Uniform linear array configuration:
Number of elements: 24
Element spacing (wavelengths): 0.25
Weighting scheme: exponential
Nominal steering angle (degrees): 30
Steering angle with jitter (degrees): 29.269
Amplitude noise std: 0.05
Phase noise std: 0.05

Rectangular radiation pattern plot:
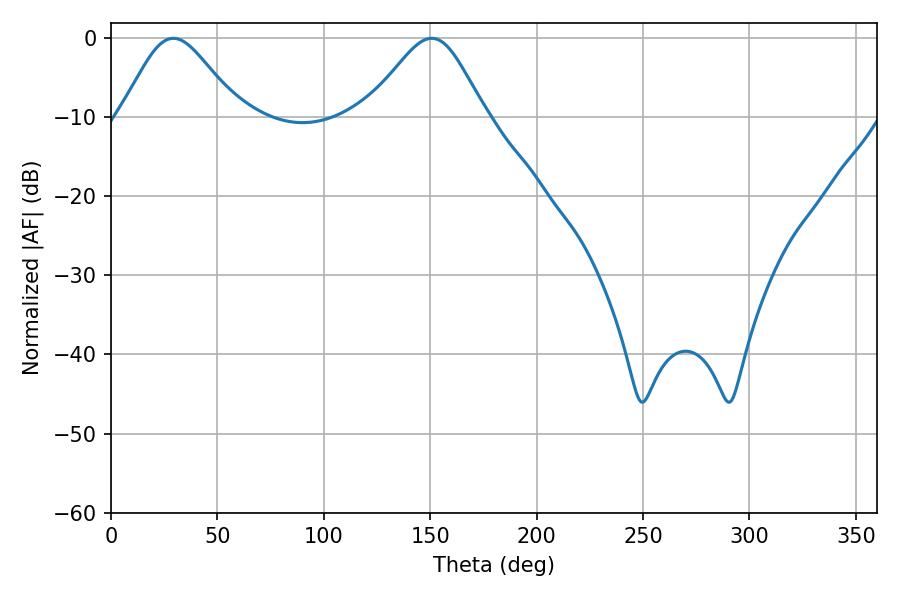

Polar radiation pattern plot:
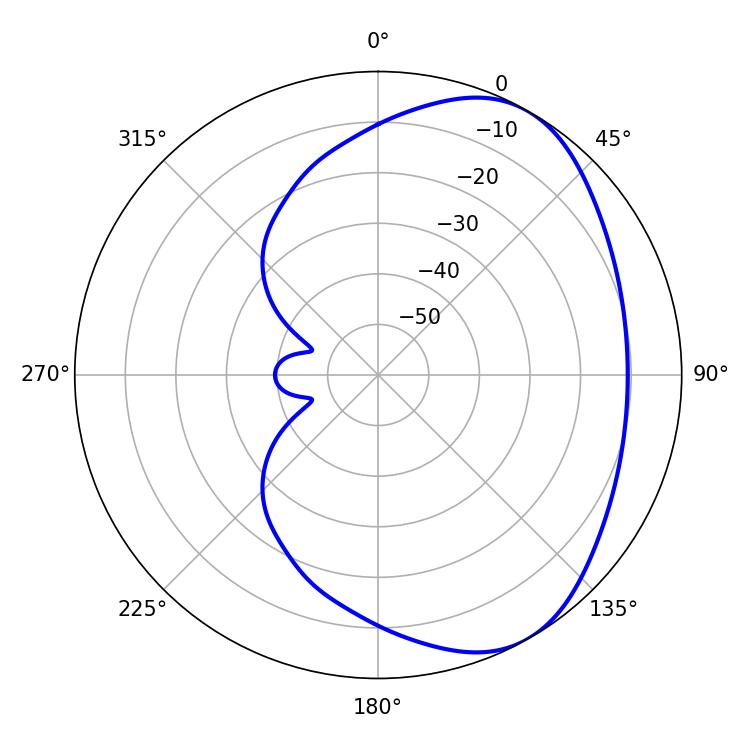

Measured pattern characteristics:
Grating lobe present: FALSE
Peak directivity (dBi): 4.926
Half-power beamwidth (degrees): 27.54
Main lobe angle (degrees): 29.34